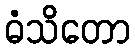
ဓံသိတော